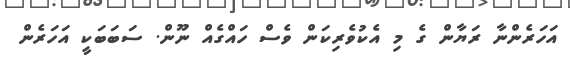
އަހަރެންނާ ރަޔާން ގެ މި އެކުވެރިކަން ވެސް ހައްގެއް ނޫން. ސަބަބަކީ އަހަރެން